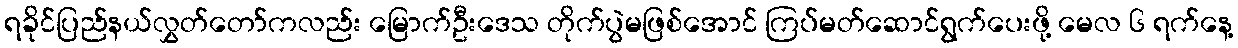
ရခိုင်ပြည်နယ်လွှတ်တော်ကလည်း မြောက်ဦးဒေသ တိုက်ပွဲမဖြစ်အောင် ကြပ်မတ်ဆောင်ရွက်ပေးဖို့ မေလ ၆ ရက်နေ့